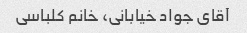
آقای جواد خیابانی، خانم کلباسی